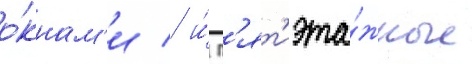
о́кнам'и / и́ п'ят'иэта́жные